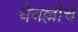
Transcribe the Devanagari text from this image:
थेवल्लीचे